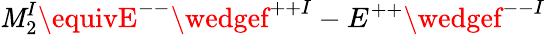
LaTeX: \mathit{M}_{2}^{I}\equivE^{--}\wedgef^{++I}-E^{++}\wedgef^{--I}